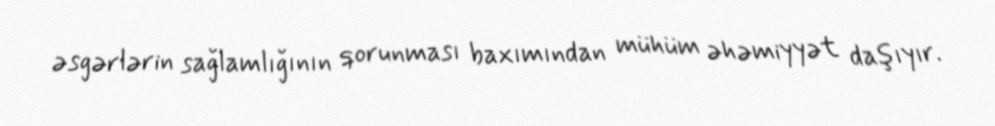
əsgərlərin sağlamlığının qorunması baxımından mühüm əhəmiyyət daşıyır.